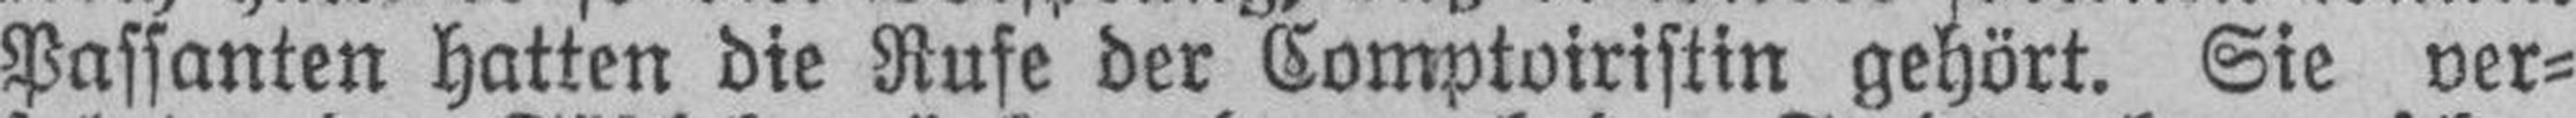
Passanten hatten die Rufe der Comptoiristin gehört. Sie ver¬